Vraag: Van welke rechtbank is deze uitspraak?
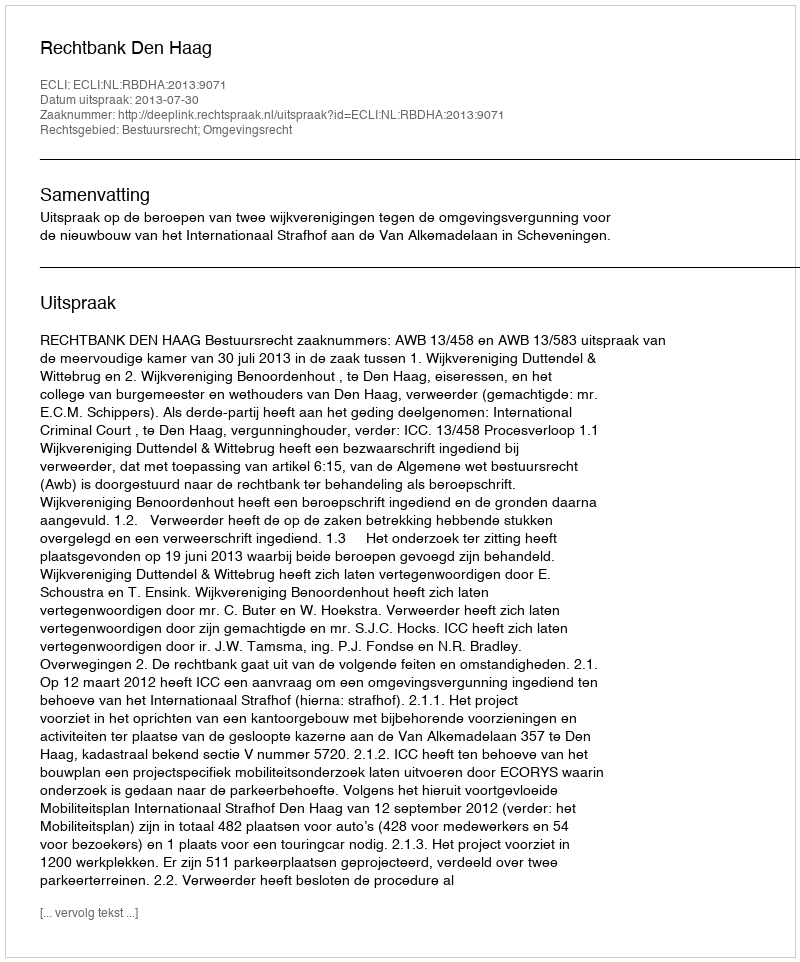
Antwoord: Rechtbank Den Haag